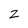
Character: Z